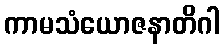
ကာမသံယောဇနာတိဂါ